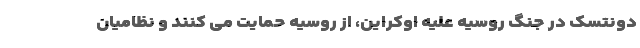
دونتسک در جنگ روسیه علیه اوکراین، از روسیه حمایت می کنند و نظامیان